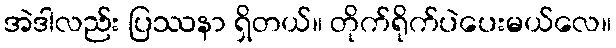
အဲဒါလည်း ပြဿနာ ရှိတယ်။ တိုက်ရိုက်ပဲပေးမယ်လေ။